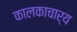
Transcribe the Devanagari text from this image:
कालकाचार्य